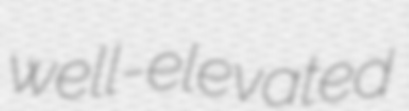
well-elevated